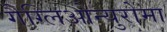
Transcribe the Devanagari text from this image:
गैग्लिओन्युरोमा